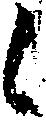
候